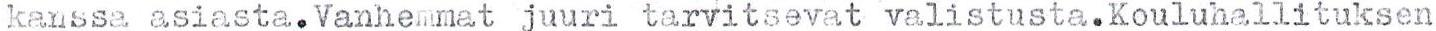
kanssa asiasta.Vanhemmat juuri tarvitsevat valistusta.Kouluhallituksen